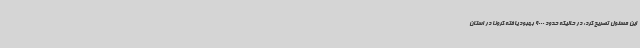
این مسئول تصریح کرد: در حالیکه حدود 9000 بهبود یافته کرونا در استان